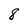
Character: 8